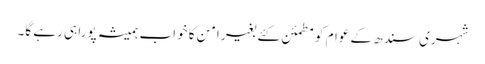
شہری سندھ کے عوام کو مطمئن کئے بغیر امن کا خواب ہمیشہ پورا ہی رہے گا۔